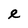
Character: e